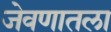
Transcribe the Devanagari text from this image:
जेवणातला